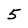
Character: 5